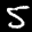
Label: 5